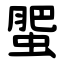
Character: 蜰